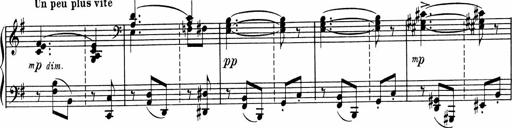
Title: Sonatine pour piano
Composer: Albert Roussel